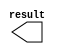
module con2 (
	result);

	output	[8:0]  result;

endmodule